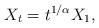
LaTeX: \begin{align*}X_t=t^{1/\alpha}X_1,\end{align*}